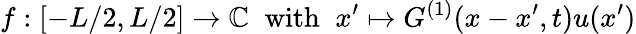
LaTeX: f:[-L/2,L/2]\rightarrow\mathbb{C}\; \; \textrm{with}\; \; x^{\prime}\mapsto G^{(1)}(x-x^{\prime},t)u(x^{\prime})